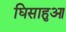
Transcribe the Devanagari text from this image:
घिसाहुआ